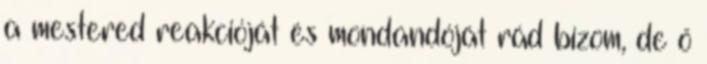
a mestered reakcióját és mondandóját rád bízom, de ő